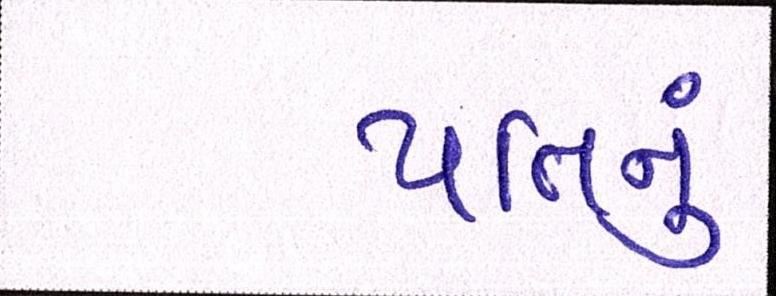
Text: પતિનું